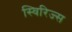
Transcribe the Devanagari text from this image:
स्विरिज्स